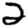
Digit: 2